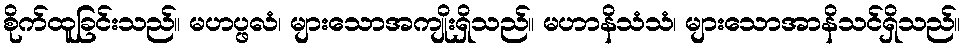
စိုက်ထူခြင်းသည်။ မဟပ္ဖလံ၊ များသောအကျိုးရှိသည်။ မဟာနိသံသံ၊ များသောအာနိသင်ရှိသည်။